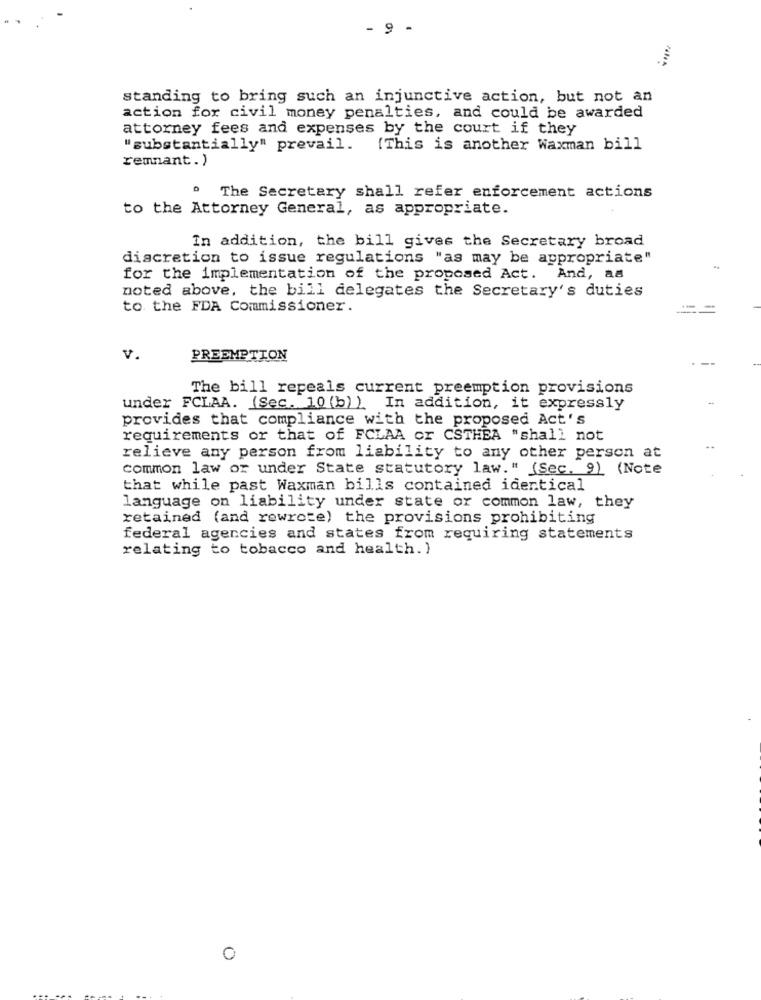
- 9 -
standing to bring such an injunctive action, but not an
action for civil money penalties, and could be awarded
attorney fees and expenses by the court if they
"substantially" prevail.
{This is another Waxman bill
remnant. )
" The Secretary shall refer enforcement actions
to the Attorney General, as appropriate.
In addition, the bill gives the Secretary broad
discretion to issue regulations "as may be appropriate"
for the implementation of the proposed Act. And, aa
noted above, the bill delegates the Secretary's duties
to the FDA Commissioner.
v.
PREEMPTION
The bill repeals current preemption provisions
under FCLAA. (Sec. 10 (b) ). In addition, it expressly
provides that compliance with the proposed Act's
requirements or that of FCLAA or CSTHEA "shall not
relieve any person from liability to any other person at
common law or under State statutory law." (Sec. 9) (Note
that while past Waxman bills contained identical
language on liability under state or common law, they
retained (and rewrote) the provisions prohibiting
federal agencies and states from requiring statements
relating to tobacco and health. )
0